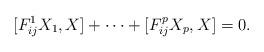
LaTeX: \begin{align*}[F_{ij}^{1}X_1,X] +\dots+ [F_{ij}^{p}X_p,X]=0.\end{align*}